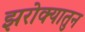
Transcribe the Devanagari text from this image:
झरोक्यातुन